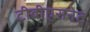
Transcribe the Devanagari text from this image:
टीवीएसनेट